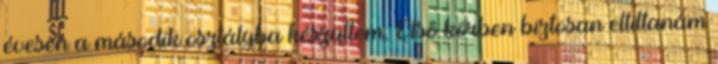
évesen a második osztályba készültem. Első körben biztosan eltiltanám